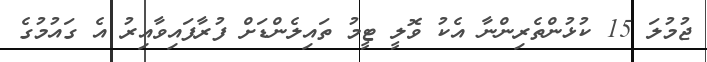
ޖުމުލަ 15 ކުޅުންތެރިންނާ އެކު ވޮލީ ޓީމު ތައިލެންޑަށް ފުރާފައިވާއިރު އެ ގައުމުގެ